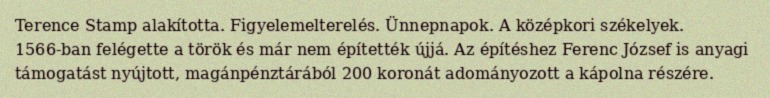
Terence Stamp alakította. Figyelemelterelés. Ünnepnapok. A középkori székelyek. 1566-ban felégette a török és már nem építették újjá. Az építéshez Ferenc József is anyagi támogatást nyújtott, magánpénztárából 200 koronát adományozott a kápolna részére.